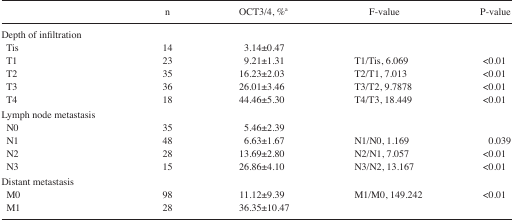
|  | n | OCT3/4, %a | F-value | P-value |
 | --- | --- | --- | --- | --- |
 | <COLSPAN=5> Depth of infiltration |
 | Tis | 14 | 3.14±0.47 |  |  |
 | T1 | 23 | 9.21±1.31 | T1/Tis, 6.069 | <0.01 |
 | T2 | 35 | 16.23±2.03 | T2/T1, 7.013 | <0.01 |
 | T3 | 36 | 26.01±3.46 | T3/T2, 9.7878 | <0.01 |
 | T4 | 18 | 44.46±5.30 | T4/T3, 18.449 | <0.01 |
 | <COLSPAN=5> Lymph node metastasis |
 | N0 | 35 | 5.46±2.39 |  |  |
 | N1 | 48 | 6.63±1.67 | N1/N0, 1.169 | 0.039 |
 | N2 | 28 | 13.69±2.80 | N2/N1, 7.057 | <0.01 |
 | N3 | 15 | 26.86±4.10 | N3/N2, 13.167 | <0.01 |
 | <COLSPAN=5> Distant metastasis |
 | M0 | 98 | 11.12±9.39 | M1/M0, 149.242 | <0.01 |
 | M1 | 28 | 36.35±10.47 |  |  |